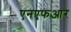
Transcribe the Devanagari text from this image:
एनएफआर